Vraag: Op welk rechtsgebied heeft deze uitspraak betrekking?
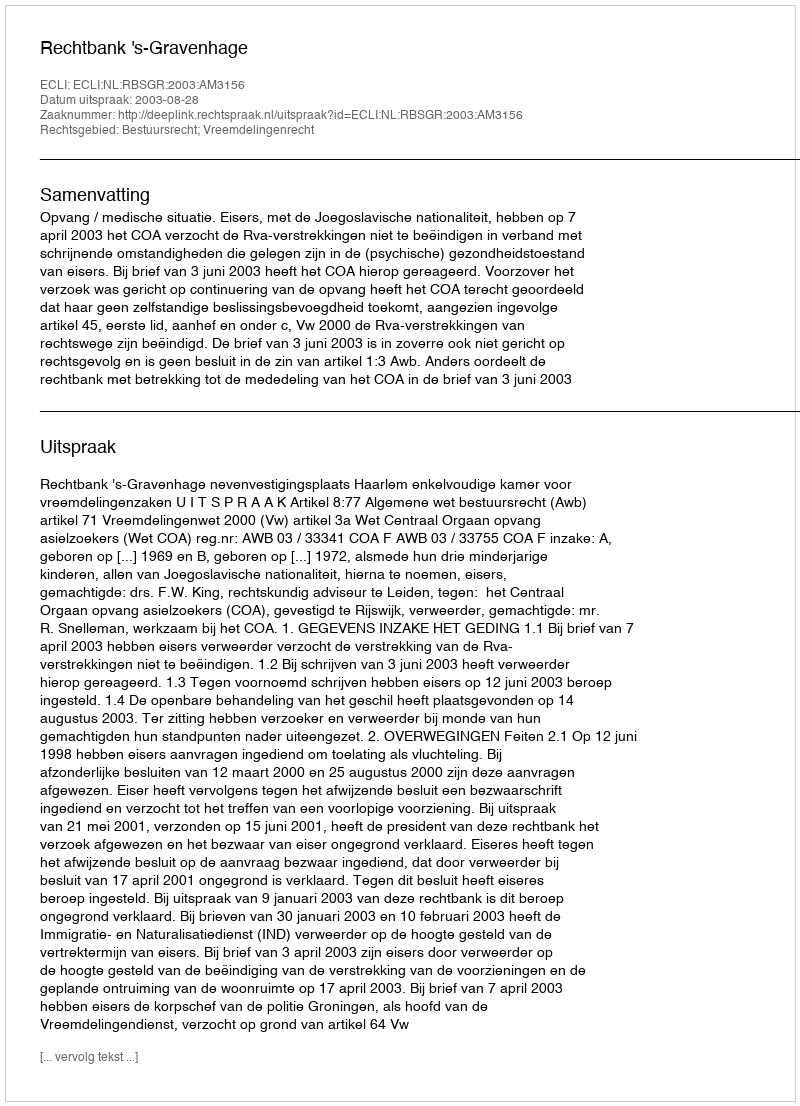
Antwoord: Bestuursrecht; Vreemdelingenrecht